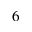
_ 6